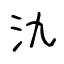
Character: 氿